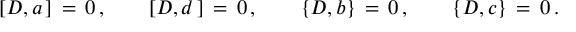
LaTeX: [ D , a \, ] \, = \, 0 \, , \qquad [ D , d \, ] \, = \, 0 \, , \qquad \{ D , b \} \, = \, 0 \, , \qquad \{ D , c \} \, = \, 0 \, .